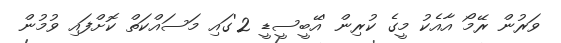
ވަރުން ރޭމޯ އާއެކު މީގެ ކުރިން 'އޭބީސީޑީ 2'ގައި މަސައްކަތް ކޮށްފައި ވުމުން